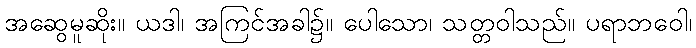
အဆွေမူဆိုး။ ယဒါ၊ အကြင်အခါ၌။ ပေါသော၊ သတ္တဝါသည်။ ပရာဘဝေါ၊